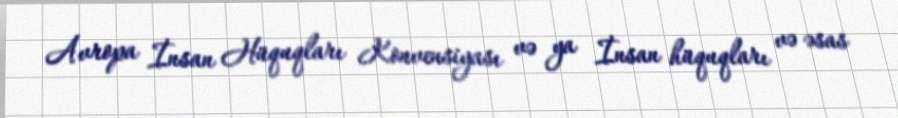
Avropa İnsan Hüquqları Konvensiyası və ya İnsan hüquqları və əsas